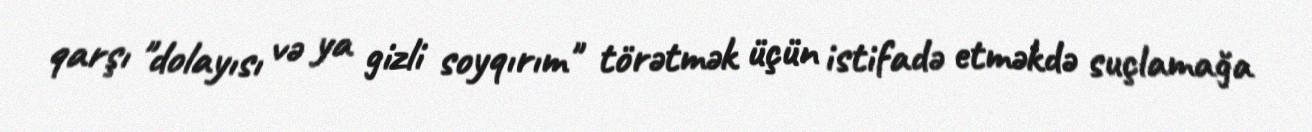
qarşı "dolayısı və ya gizli soyqırım" törətmək üçün istifadə etməkdə suçlamağa